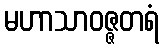
မဟာသာဝဇ္ဇတရံ